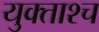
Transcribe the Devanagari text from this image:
युक्ताश्च